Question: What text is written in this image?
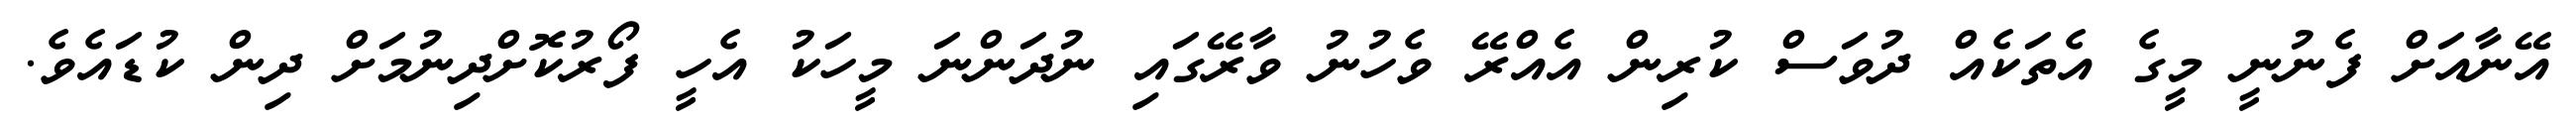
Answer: އޭނާއަށް ފެނުނީ މީގެ އެތަކެއް ދުވަސް ކުރިން އެއްރޭ ވެހުނު ވާރޭގައި ނުދަންނަ މީހަކު އެހީ ފޯރުކޮށްދިނުމަށް ދިން ކުޑައެވެ.